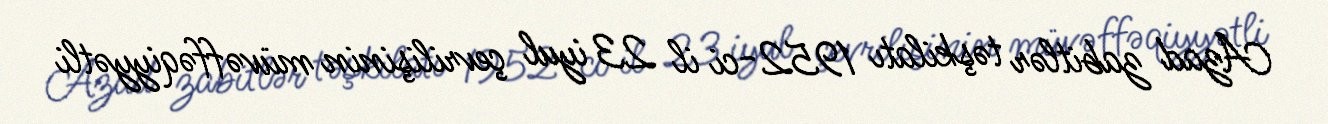
Azad zabitlər təşkilatı 1952-ci il 23 iyul çevrilişinin müvəffəqiyyətli